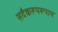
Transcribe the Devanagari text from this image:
सदैकरूपरूपाय